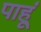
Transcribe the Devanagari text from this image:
पाहू्ं